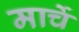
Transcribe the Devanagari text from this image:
मार्चे